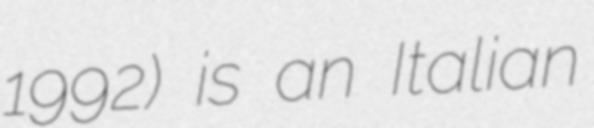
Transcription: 1992) is an Italian